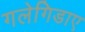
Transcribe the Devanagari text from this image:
गलेगिडाए